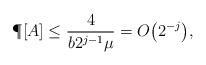
LaTeX: \begin{align*} \P[A] &\leq \frac{4}{b2^{j-1}\mu} = O\bigl(2^{-j}\bigr), \end{align*}